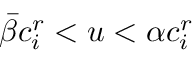
{ \bar { \beta } } c _ { i } ^ { r } < u < \alpha c _ { i } ^ { r }